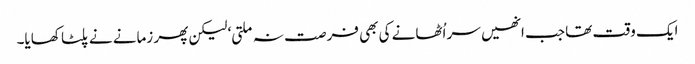
ایک وقت تھا جب انھیں سر اُٹھانے کی بھی فرصت نہ ملتی‘ لیکن پھر زمانے نے پلٹا کھایا۔